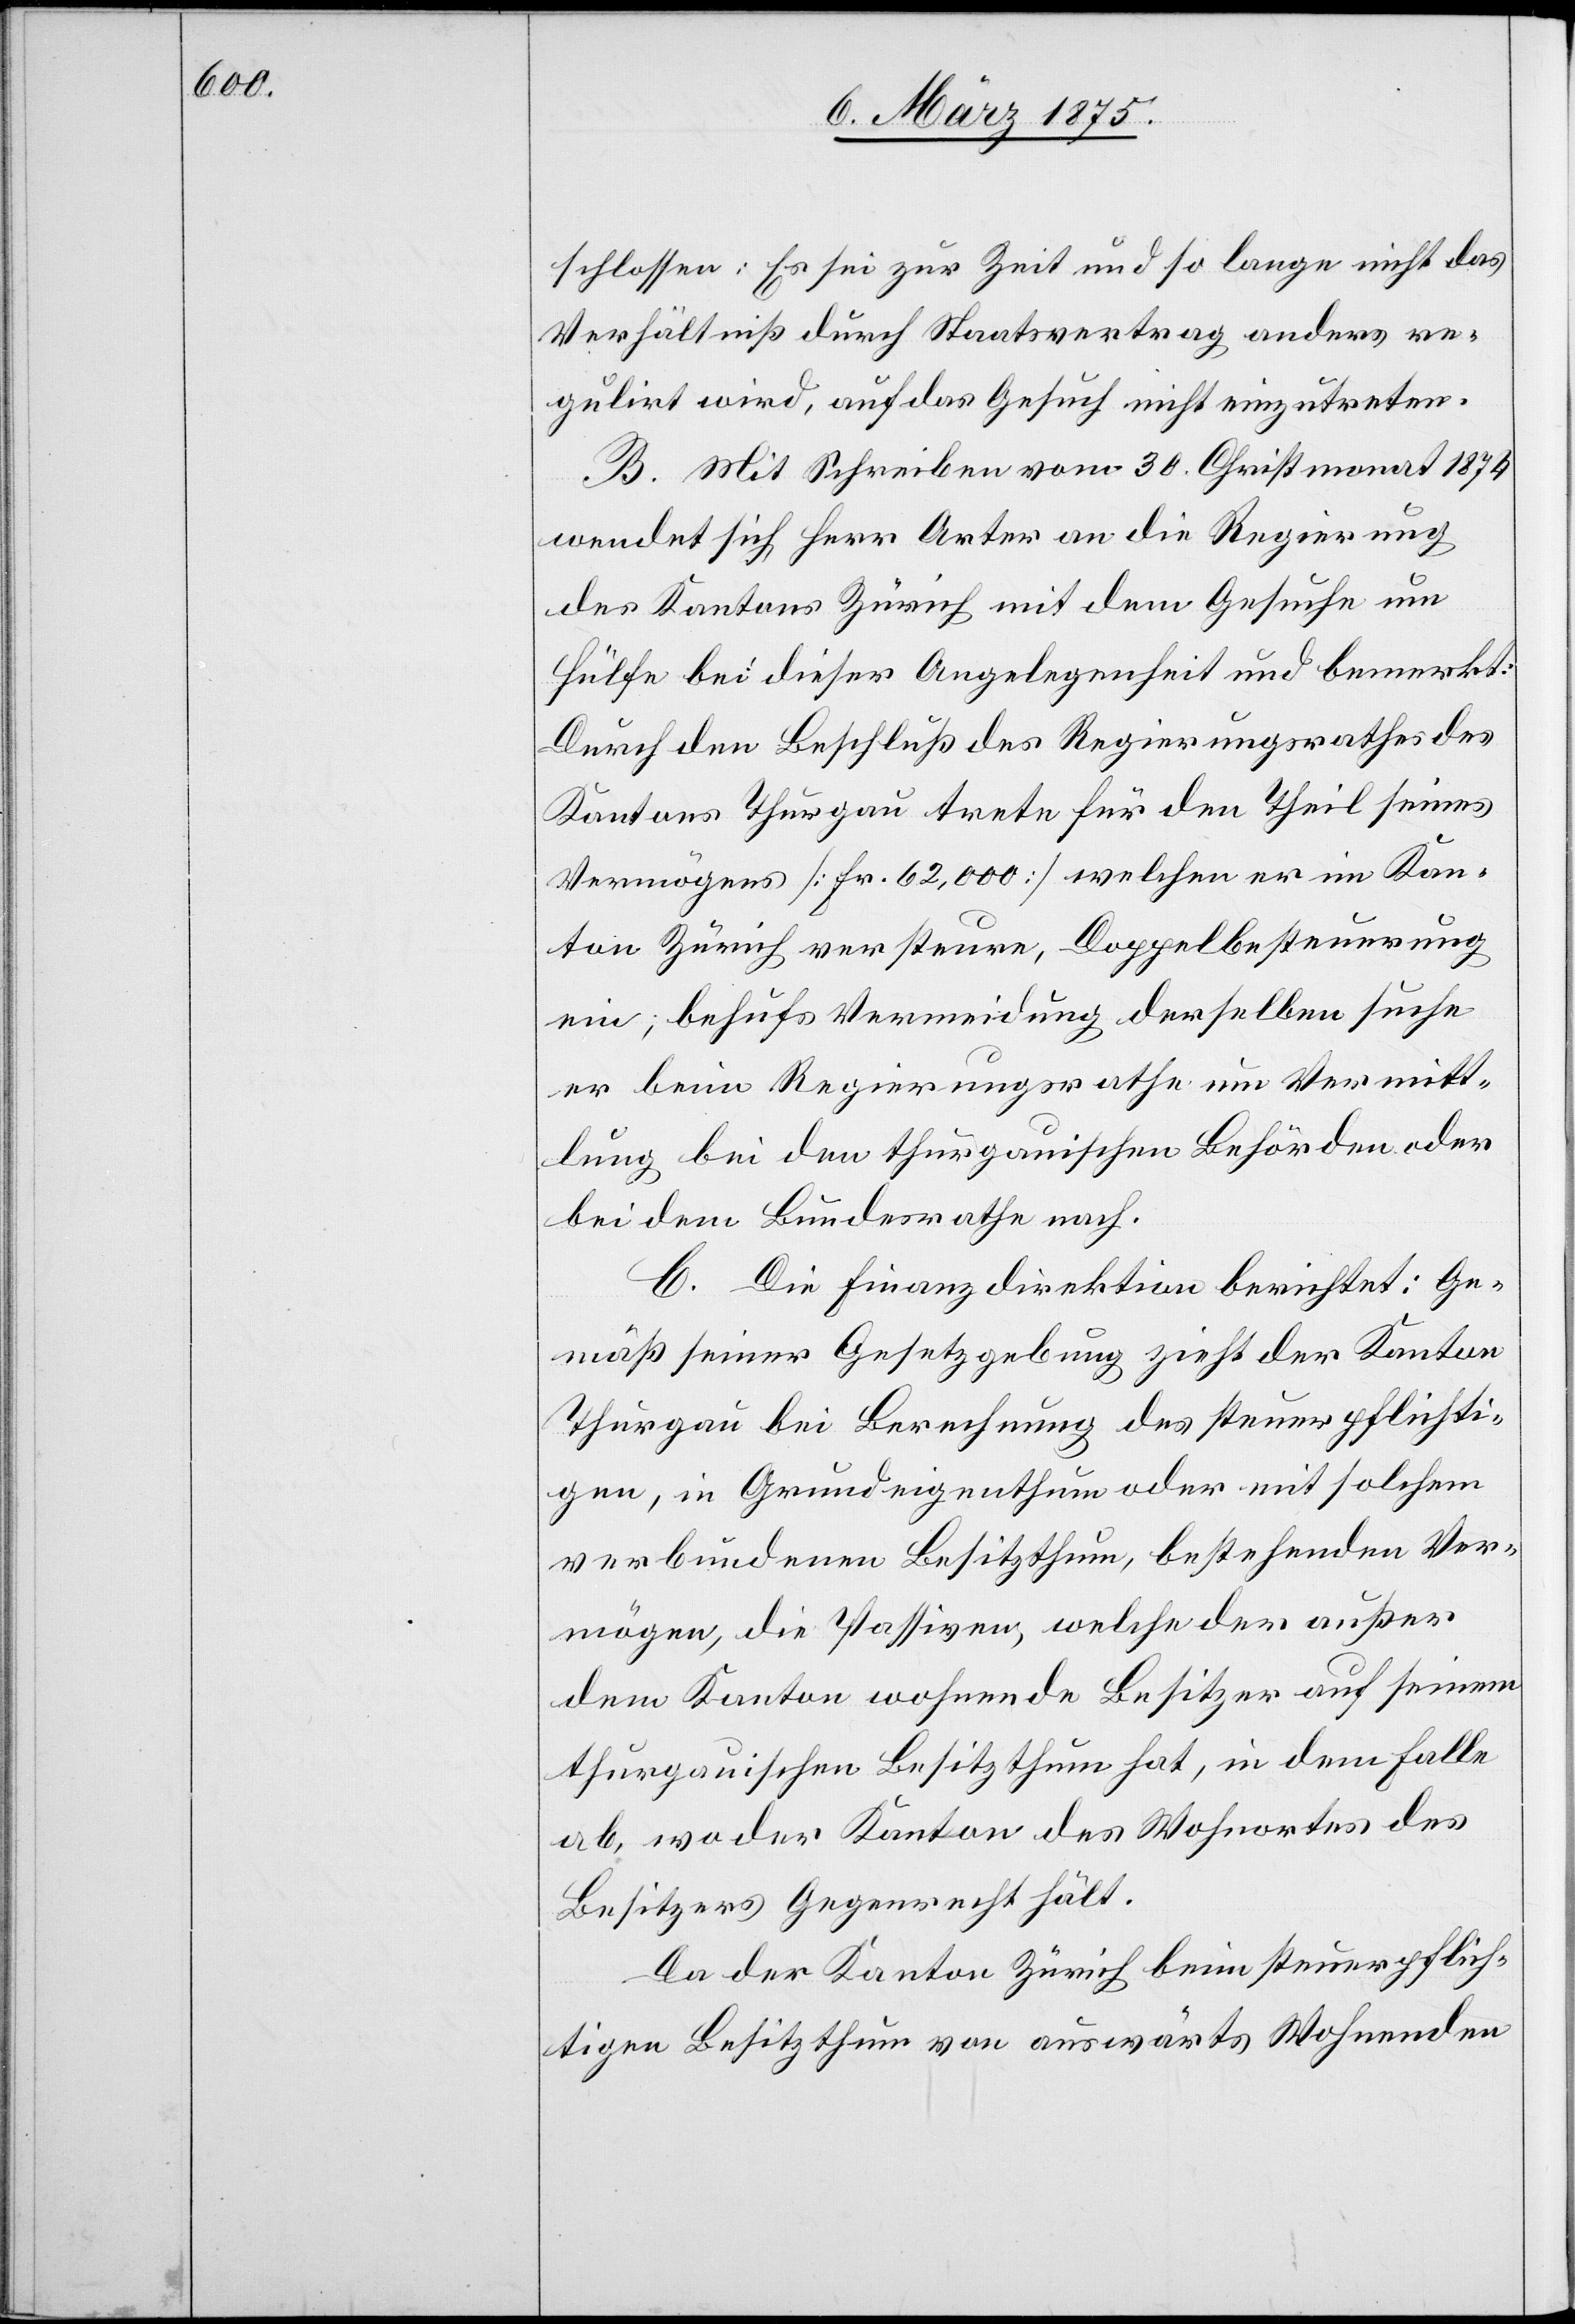
schlossen: Er sei zur Zeit und so lange nicht das
Verhältniß durch Staatsvertrag anders re¬
gulirt wird, auf das Gesuch nicht einzutreten.
B. Mit Schreiben vom 30. Christmonat 1874
wendet sich Herr Arter an die Regierung
des Kantons Zürich mit dem Gesuche um
Hülfe bei dieser Angelegenheit und bemerkt:
Durch den Beschluß des Regierungsrathes des
Kantons Thurgau trete für den Theil seines
Vermögens [Fr. 62,000] welchen er im Kan¬
ton Zürich versteure, Doppelbesteuerung
ein, behufs Vermeidung derselben suche
er beim Regierungsrathe um Vermitt¬
lung bei den thurgauischen Behörden oder
bei dem Bundesrathe nach.
C. Die Finanzdirektion berichtet: Ge¬
mäß seiner Gesetzgebung zieht der Kanton
Thurgau bei Berechnung des Steuerpflichti¬
gen, in Grundeigenthum oder mit solchem
verbundenen Besitzthum, bestehenden Ver¬
mögen, die Passiven, welche der außer
dem Kanton wohnende Besitzer auf seinem
thurgauischen Besitzthum hat, in dem Falle
ab, wo der Kanton den Wohnorten des
Besitzers Gegenrecht hält.
Da der Kanton Zürich beim steuerpflich¬
tigen Besitzthum von auswärts Wohnenden